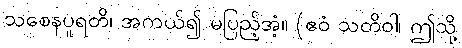
သစေနပူရတိ၊ အကယ်၍ မပြည့်အံ့။ (ဧဝံ သတိဝါ၊ ဤသို့